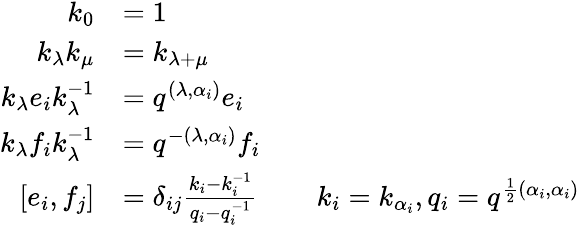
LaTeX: {\begin{array}{rlrl}{k_{0}}&{=1}\\ {k_{\lambda}k_{\mu}}&{=k_{\lambda+\mu}}\\ {k_{\lambda}e_{i}k_{\lambda}^{-1}}&{=q^{(\lambda,\alpha_{i})}e_{i}}\\ {k_{\lambda}f_{i}k_{\lambda}^{-1}}&{=q^{-(\lambda,\alpha_{i})}f_{i}}\\ {\left[e_{i},f_{j}\right]}&{=\delta_{ij}{\frac{k_{i}-k_{i}^{-1}}{q_{i}-q_{i}^{-1}}}}&&{k_{i}=k_{\alpha_{i}},q_{i}=q^{{\frac{1}{2}}(\alpha_{i},\alpha_{i})}}\end{array}}